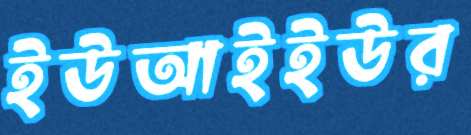
ইউআইইউর